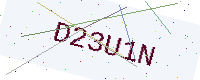
Text: D23U1N